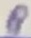
Text: 8